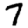
Digit: 7